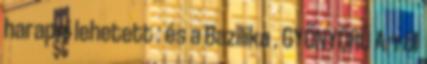
harapni lehetett : és a Bazilika . GYÖNYÖRŰ Arról